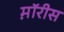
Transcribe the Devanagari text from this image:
म़ॉरीस